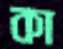
কা